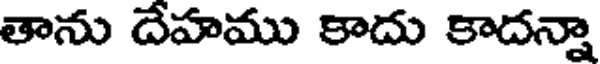
తాను దేహము కాదు కాదన్నా